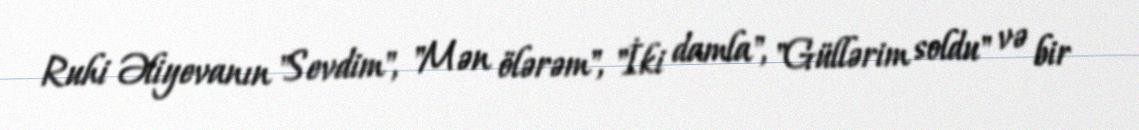
Ruhi Əliyevanın "Sevdim", "Mən ölərəm", "İki damla", "Güllərim soldu" və bir